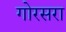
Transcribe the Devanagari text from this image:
गोरसरा